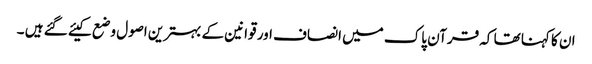
ان کا کہنا تھا کہ قرآن پاک میں انصاف اور قوانین کے بہترین اصول وضع کیئے گئے ہیں ۔